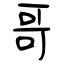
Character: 哥